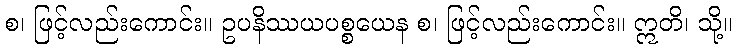
စ၊ ဖြင့်လည်းကောင်း။ ဥပနိဿယပစ္စယေန စ၊ ဖြင့်လည်းကောင်း။ ဣတိ၊ သို့။